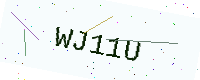
Text: WJ11U